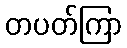
တပတ်ကြာ